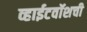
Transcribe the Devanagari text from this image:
व्हाईटवॉशची